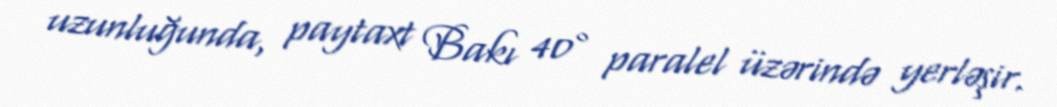
uzunluğunda, paytaxt Bakı 40° paralel üzərində yerləşir.